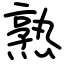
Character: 熟